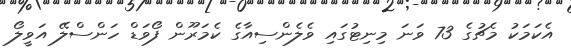
އެކަމަކު މެޗުގެ 73 ވަނަ މިނިޓުގައި ވެލެންސިއާގެ ކެމަރޫން ފޯވަޑް ހަންސްލޭ އަވީލޯ